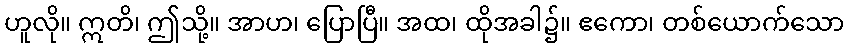
ဟူလို။ ဣတိ၊ ဤသို့။ အာဟ၊ ပြောပြီ။ အထ၊ ထိုအခါ၌။ ဧကော၊ တစ်ယောက်သော